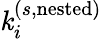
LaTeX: \mathit{k}_{i}^{(s,\mathrm{{nested}})}